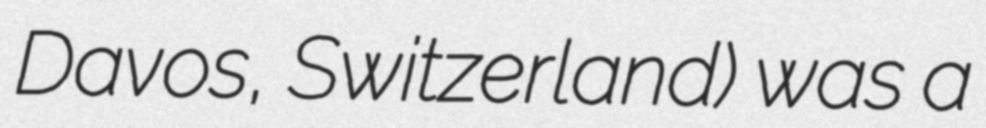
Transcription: Davos, Switzerland) was a